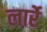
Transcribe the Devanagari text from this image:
लार्रे